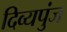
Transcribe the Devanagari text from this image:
दिव्यपुंज